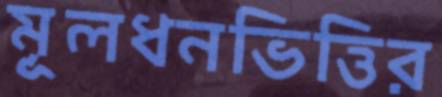
মূলধনভিত্তির